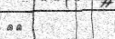
٩٦